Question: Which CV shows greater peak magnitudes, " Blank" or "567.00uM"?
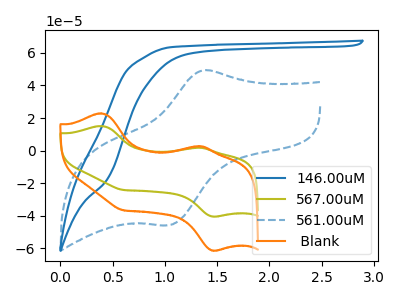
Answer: <think>The blue curve "146.00uM" has no peaks. The olive curve "567.00uM" has anodic peaks at (0.40V, 15.05uA) (1.35V, 1.80uA) and cathodic peaks at (1.45V, -40.45uA) (0.60V, -24.15uA). The blue dashed curve "561.00uM" has an anodic peak at (1.35V, 49.25uA) and a cathodic peak at (1.05V, -45.75uA). The orange curve " Blank" has anodic peaks at (0.40V, 22.80uA) (1.35V, 2.70uA) and cathodic peaks at (1.45V, -61.35uA) (0.60V, -36.60uA).</think>
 <answer>Every peak in " Blank" is higher than every peak in "567.00uM".</answer>
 <eval>higher</eval>